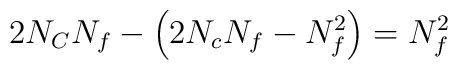
2N_C N_f-\Big(2 N_c N_f - N_f^2\Big)=N_f^2